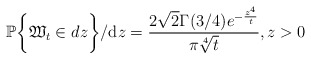
\begin{align*}\mathbb{P}\bigg\{\mathfrak{W}_t\in dz\bigg\}/\mathrm dz= \frac{2\sqrt{2}\Gamma(3/4)e^{-\frac{z^4}{ t}}}{\pi\sqrt[4]{t}}, z>0\end{align*}